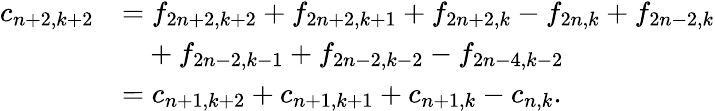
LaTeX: \begin{array}{rl}{c_{n+2,k+2}}&{=f_{2n+2,k+2}+f_{2n+2,k+1}+f_{2n+2,k}-f_{2n,k}+f_{2n-2,k}}\\ &{\phantom{=}+f_{2n-2,k-1}+f_{2n-2,k-2}-f_{2n-4,k-2}}\\ &{=c_{n+1,k+2}+c_{n+1,k+1}+c_{n+1,k}-c_{n,k}.}\end{array}